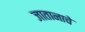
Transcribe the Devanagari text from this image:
जातानाचे